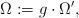
\begin{align*} \Omega := g\cdot\Omega',\end{align*}